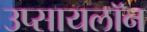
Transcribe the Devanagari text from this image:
उप्सायलॉन